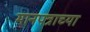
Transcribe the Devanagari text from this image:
मानपत्राच्या